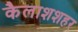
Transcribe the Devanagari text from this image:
कैलाशशहर